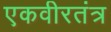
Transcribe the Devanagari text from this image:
एकवीरतंत्र